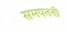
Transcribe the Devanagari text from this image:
समपतती